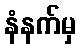
နံနက်မှ